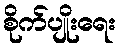
စိုက်ပျိုးရေး